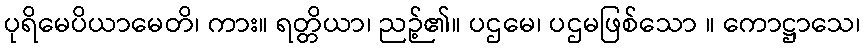
ပုရိမေပိယာမေတိ၊ ကား။ ရတ္တိယာ၊ ညဉ့်၏။ ပဌမေ၊ ပဌမဖြစ်သော ။ ကောဋ္ဌာသေ၊